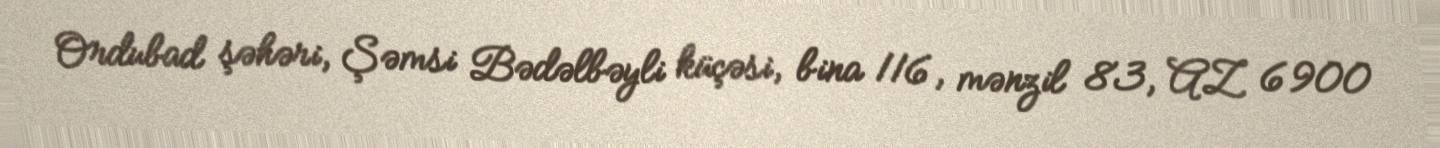
Ordubad şəhəri, Şəmsi Bədəlbəyli küçəsi, bina 116, mənzil 83, AZ 6900